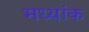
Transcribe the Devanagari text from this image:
मध्यांक